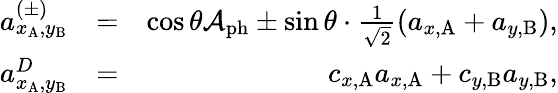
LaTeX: \begin{array}{rlr}{a_{x_{\mathrm{A}},y_{\mathrm{B}}}^{(\pm)}}&{=}&{\cos{\theta}\mathcal{A}_{\mathrm{ph}}\pm\sin{\theta}\cdot\frac{1}{\sqrt{2}}(a_{x,\mathrm{A}}+a_{y,\mathrm{B}}),}\\ {a_{x_{\mathrm{A}},y_{\mathrm{B}}}^{D}}&{=}&{c_{x,\mathrm{A}}a_{x,\mathrm{A}}+c_{y,\mathrm{B}}a_{y,\mathrm{B}},}\end{array}